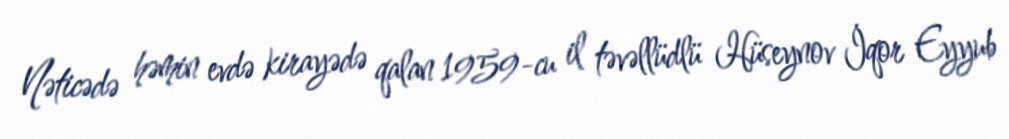
Nəticədə həmin evdə kirayədə qalan 1959-cu il təvəllüdlü Hüseynov İqor Eyyub